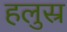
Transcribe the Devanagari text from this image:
हलुस्र